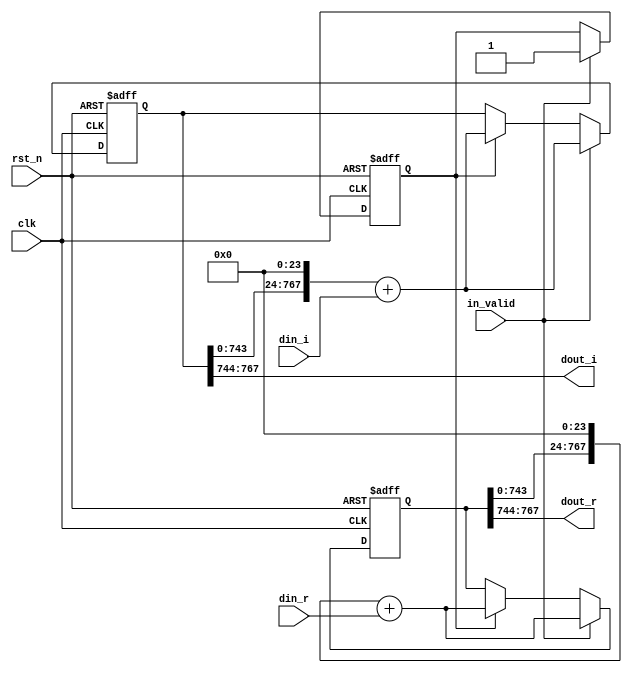
module shift_32(
	input clk,
	input rst_n,
	input in_valid,
	input signed [23:0] din_r,
	input signed [23:0] din_i,
	output signed [23:0] dout_r,
	output signed [23:0] dout_i
);
////////////////////////////////////////////
// Internal signals
reg [767:0] shift_reg_r ;
reg [767:0] shift_reg_i ;
reg [767:0] tmp_reg_r ;
reg [767:0] tmp_reg_i ;
reg [6:0] counter_32,next_counter_32;
reg valid,next_valid;
////////////////////////////////////////////
// Output logic
assign dout_r    = shift_reg_r[767:744];
assign dout_i    = shift_reg_i[767:744];
////////////////////////////////////////////
// Next state logic
always@(*)begin
    next_counter_32 = counter_32 + 6'd1;
    tmp_reg_r       = shift_reg_r;
    tmp_reg_i       = shift_reg_i;
    next_valid      = valid;
end
////////////////////////////////////////////
// State register
always@(posedge clk or negedge rst_n)begin
    if(~rst_n)begin
        shift_reg_r <= 0;
        shift_reg_i <= 0;
        counter_32  <= 0;
        valid       <= 0;
    end
    else 
    if (in_valid)begin
        counter_32       <= next_counter_32;
        shift_reg_r      <= (tmp_reg_r<<24) + din_r;
        shift_reg_i      <= (tmp_reg_i<<24) + din_i;
        valid            <= in_valid;
    end else if(valid)begin
        counter_32       <= next_counter_32;
        shift_reg_r      <= (tmp_reg_r<<24) + din_r;
        shift_reg_i      <= (tmp_reg_i<<24) + din_i;
        valid            <= next_valid;
    end
end

endmodule